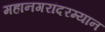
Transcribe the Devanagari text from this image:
महानगरांदरम्यान